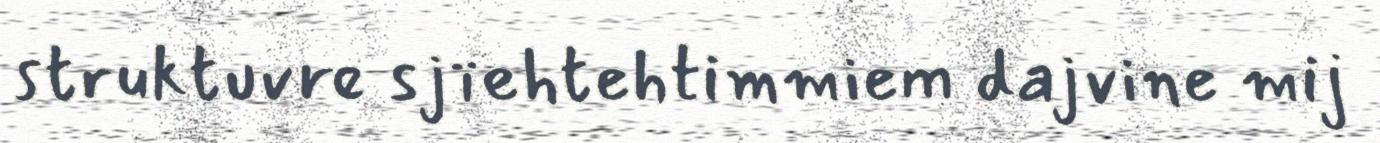
struktuvre sjïehtehtimmiem dajvine mij